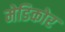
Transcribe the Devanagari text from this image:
मेडिकोर